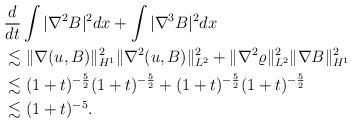
LaTeX: \begin{align*}\begin{aligned}&\frac{d}{dt}\int |\nabla^2 B|^2dx+\int |\nabla^3 B|^2 dx\\&\lesssim \|\nabla (u,B)\|_{H^1}^2\|\nabla^2 (u,B)\|_{L^2}^2 +\|\nabla^2 \varrho\|_{L^2}^2\|\nabla B\|_{H^1}^2\\&\lesssim (1+t)^{-\frac{5}{2}}(1+t)^{-\frac{5}{2}} +(1+t)^{-\frac{5}{2}}(1+t)^{-\frac{5}{2}}\\&\lesssim (1+t)^{-5}.\end{aligned}\end{align*}